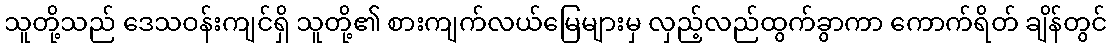
သူတို့သည် ဒေသဝန်းကျင်ရှိ သူတို့၏ စားကျက်လယ်မြေများမှ လှည့်လည်ထွက်ခွာကာ ကောက်ရိတ် ချိန်တွင်